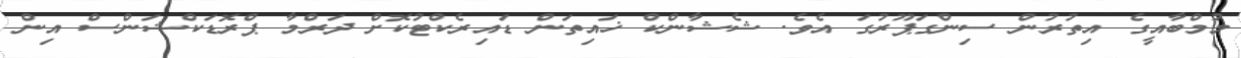
މުމްބާއީގެ އިތުރުން ސިންގަޕޫރުގަ އެވެ. ޝެޝާންކް ޚައިތަން ޑައިރެކްޓުކޮށް ދަރްމާ ޕްރޮޑަކްޝަންސް އިން